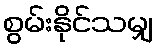
စွမ်းနိုင်သမျှ